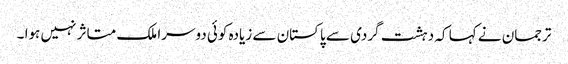
ترجمان نے کہا کہ دہشت گردی سے پاکستان سے زیادہ کوئی دوسرا ملک متاثر نہیں ہوا ۔